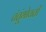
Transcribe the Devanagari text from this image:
तंतूंभोवती